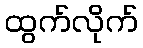
ထွက်လိုက်